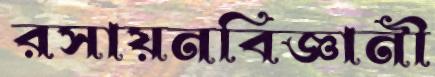
রসায়নবিজ্ঞানী